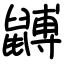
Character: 䶈